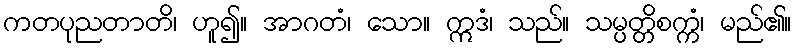
ကတပုညတာတိ၊ ဟူ၍။ အာဂတံ၊ သော။ ဣဒံ၊ သည်။ သမ္ပတ္တိစက္ကံ၊ မည်၏။